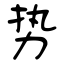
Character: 势